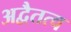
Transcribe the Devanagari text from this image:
अद्वैतत्व